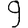
Digit: 9